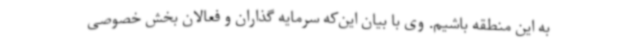
به این منطقه باشیم. وی با بیان این‌که سرمایه گذاران و فعالان بخش خصوصی